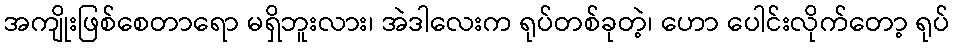
အကျိုးဖြစ်စေတာရော မရှိဘူးလား၊ အဲဒါလေးက ရုပ်တစ်ခုတဲ့၊ ဟော ပေါင်းလိုက်တော့ ရုပ်